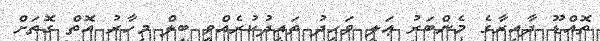
ތޮއްޑޫ ދާއިރާގެ މެންބަރު ޢަލީ ވަޙީދު ތައީދުކުރެއްވީ ބިލް މިހާރު އޮތް ގޮތަށް